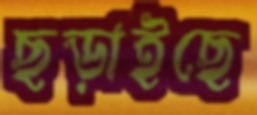
ছড়াইছে